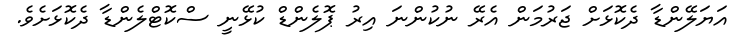
އަޔަލޭންޑާ ދެކޮޅަށް ޖަރުމަން އެރޭ ނުކުންނަ އިރު ޕޮލެންޑް ކުޅޭނީ ސްކޮޓްލެންޑާ ދެކޮޅަށެވެ.